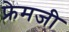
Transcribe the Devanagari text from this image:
फ्रेमजी